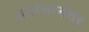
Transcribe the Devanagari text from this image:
तपासानंतर